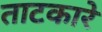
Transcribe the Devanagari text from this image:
ताटकारे